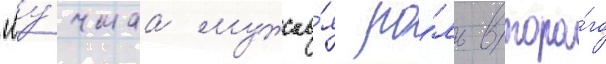
"лу́чшаа мужска́я ро́ль второ́го